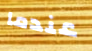
عندما